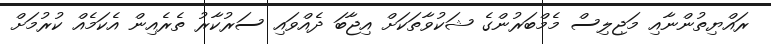
ރައްޔިތުންނާއި މަޖިލިސް މެމްބަރުންގެ ޝަކުވާތަކަށް އިޖާބަ ދެއްވައި ސަރުކާރު ތެރެއިން އެކަމެއް ކުރުމަށް